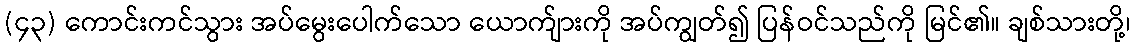
(၄၃) ကောင်းကင်သွား အပ်မွေးပေါက်သော ယောက်ျားကို အပ်ကျွတ်၍ ပြန်ဝင်သည်ကို မြင်၏။ ချစ်သားတို့၊